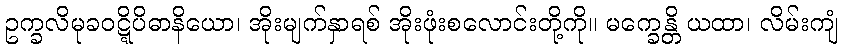
ဥက္ခလိမုခဝဋ္ဋိပိဓာနိယော၊ အိုးမျက်နှာရစ် အိုးဖုံးစလောင်းတို့ကို။ မက္ခေန္တိ ယထာ၊ လိမ်းကျံ